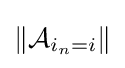
\left\|{\mathcal {A}}_{i_{n}=i}\right\|